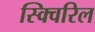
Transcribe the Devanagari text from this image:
स्क्विरिल